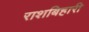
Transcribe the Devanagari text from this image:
राशबिहारी